Report on vaccination in Madras 1895-1903 - 1895-1903
Year: 1895
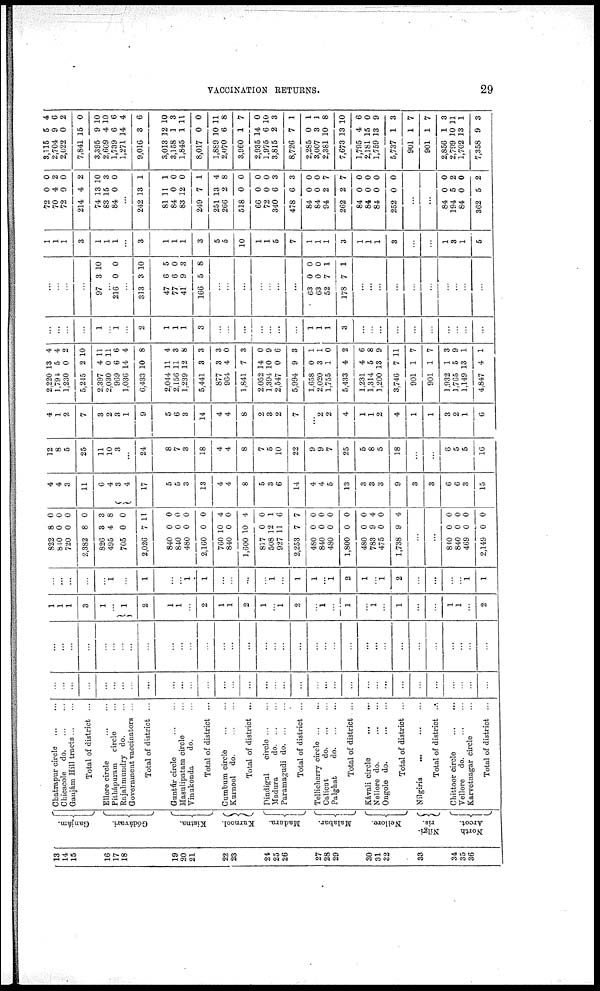
VACCINATION RETURNS.
29
13 14
15
16
17
18
19
20
21
22
23
24
25
26
27
28
29
30
31
32
33
34
35
36
Ganjám.
Gódávari.
Kistna.
Kurnool.
Madura.
Malabar.
Nellore.
Nílgi-
ris.
North
Arcot.
Chatrapur circle
...
...
Chicacole
do. ... ...
Ganjám Hill tracts ... ...
Total of district ...
Ellore circle
...
...
Pithápuram circle ...
Rajahmundry do. ...
Government vaccinators ...
Total of district ...
Guntúr circle
...
...
Masulipatam circle ...
Vinukonda
do. ...
Total of district ...
Cumbum circle ... ...
Kurnool do.
...
...
Total of district ...
Dindigul
circle ... ...
Madura
do. ... ...
Paramagudi do . ... ...
Total of district ...
Tellicherry circle ... ...
Calicut
do. ... ...
Palghat
do. ... ...
Total of district ...
Kávali circle
...
...
Nellore do.
...
...
Ongole do.
...
...
Total of district ...
Nilgiris
...
...
...
Total of district ...
Chittoor circle
...
...
Vellore do.
...
...
Karvetnagar circle ...
Total of district ...
...
...
...
...
...
...
...
...
...
...
...
...
...
...
...
...
...
...
...
...
...
...
...
...
...
...
...
...
...
...
...
...
...
...
...
...
...
...
...
...
...
...
...
...
...
...
...
...
...
...
...
...
...
...
...
...
...
...
...
...
...
...
...
...
...
...
...
...
1
1
1
3
1
...
1
2
1
1
...
2
1
1
2
1
...
1
2
...
1
...
1
...
1
...
1
...
...
1
1
...
2
...
...
...
...
...
1
...
1
...
...
1
1
...
...
...
...
1
...
1
1
...
1
2
1
...
1
2
...
...
...
...
1
1
822
840
720
2,382
826
495
705
2,026
840
840
480
2,160
760
840
1,600
817
508
927
2,253
480
840
480
1,800
480
783
475
1,738
8
0
0
8
3
4
0
7
0
0
0
0
10
0
10
0
12
11
7
0
0
0
0
0
9
0
9
0
0
0
0
3
8
0
11
0
0
0
0
4
0
4
0
1
6
7
0
0
0
0
0
4
0
4
...
...
840
840
469
2,149
0
0
0
0
0
0
0
0
4
4
3
11
6
4
3
4
17
5
5
3
13
4
4
8
5
3
6
14
4
4
5
13
3
3
3
9
3
3
6
6
3
15
12
8
5
25
11
10
3
...
24
8
7
3
18
4
4
8
7
5
10
22
9
9
7
25
5
8
5
18
...
...
6
5
5
16
4
1
2
7
3
2
3
1
9
5
6
3
14
4
4
8
2
3
2
7
...
2
2
4
1
1
2
4
1
1
3
2
1
6
2,220
1,794
1,230
5,245
2,397
2,030
969
1,036
6,433
2,044
2,156
1,239
5,441
877
964
1,841
2,052
1,394
2,547
5,994
1,658
2,020
1,755
5,433
1,231
1,314
1,200
3,746
901
901
1,932
1,765
1,149
4,847
13
5
0
2
4
0
6
14
10
11
11
12
3
3
4
7
14
10
0
9
0
3
1
4
4
5
13
7
1
1
1
5
13
4
4
4
2
10
11
11
6
4
8
4
3
8
3
3
0
3
0
9
6
3
1
1
0
2
6
8
9
11
7
7
3
9
1
1
...
...
...
...
1
...
1
...
2
1
1
1
3
...
...
...
...
...
...
...
1
1
1
3
...
...
...
...
...
...
...
...
...
...
...
...
...
...
97 3 10
...
216 0 0
...
313
47
77
41
166
3
6
6
9
5
10
5
0
3
8
...
...
...
...
...
...
...
63
63
52
178
0
0
7
7
0
0
1
1
...
...
...
...
...
...
...
...
...
...
1
1
1
3
1
1
1
...
3
1
1
1
3
5
5
10
1
1
5
7
1
1
1
3
1
1
1
3
...
...
1
3
1
5
72
70
72
214
74
83
84
0
4
0
4
13
15
0
0
2
0
2
10
3
0
...
242
81
84
83
249
251
266
518
66
72
340
478
84
84
94
262
84
84
84
252
13
11
0
12
7
13
2
0
0
0
6
6
0
0
2
2
0
0
0
0
1
1
0
0
1
4
8
0
0
0
3
3
0
0
7
7
0
0
0
0
...
...
84
194
84
362
0
5
0
5
0
2
0
2
3,115
2,704
2,022
7,841
3,395
2,609
1,739
1,271
9,016
3,013
3,158
1,845
8,017
1,889
2,070
3,960
2,935
1,975
3,815
8,726
2,285
3,007
2,381
7,673
1,795
2,181
1,759
5,737
901
901
2,856
2,799
1,702
7,358
5
9
0
15
9
4
6
14
3
12
1
1
0
10
6
1
14
6
2
7
0
3
10
13
4
15
13
1
1
1
1
10
13
9
4
6
2
0
10
10
6
4
6
10
3
11
0
11
8
7
0
10
3
1
1
1
8
10
6
0
9
3
7
7
3
11
1
3